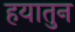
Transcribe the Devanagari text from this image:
हयातुन